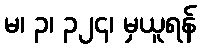
မ၊ ၃၊ ၃၂၄၊ မှယူရန်